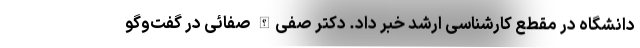
دانشگاه در مقطع کارشناسی ارشد خبر داد. دکتر صفی‌الله صفائی در گفت‌وگو